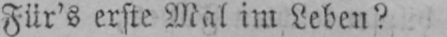
Für’s erste Mal im Leben?